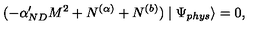
( - \alpha _ { N D } ^ { \prime } M ^ { 2 } + N ^ { ( \alpha ) } + N ^ { ( b ) } ) \mid \Psi _ { p h y s } \rangle = 0 ,